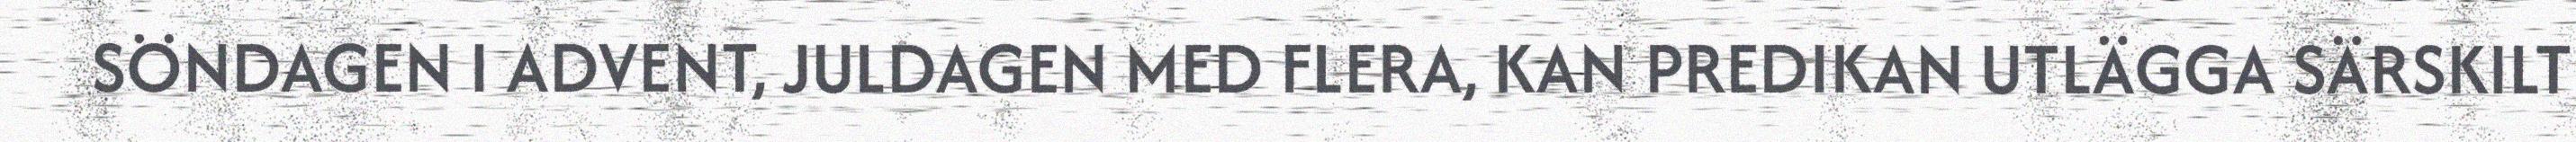
SÖNDAGEN I ADVENT, JULDAGEN MED FLERA, KAN PREDIKAN UTLÄGGA SÄRSKILT